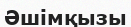
Әшімқызы